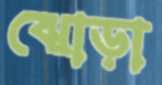
ঝোড়া